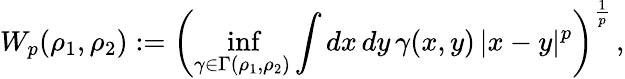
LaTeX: W_{p}(\rho_{1},\rho_{2}):=\left(\operatorname*{inf}_{\gamma\in\Gamma(\rho_{1},\rho_{2})}\int dx\, dy\, \gamma(x,y)\, |x-y|^{p}\right)^{\frac{1}{p}}\, ,